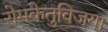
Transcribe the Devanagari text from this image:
रोमकेतुविजया